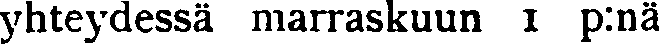
yhteydessä marraskuun 1 p:nä